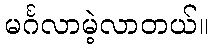
မင်္ဂလာမဲ့လာတယ်။